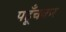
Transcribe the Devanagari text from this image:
पहूँचकर